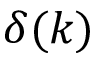
\delta ( k )